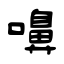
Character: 嚊